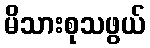
မိသားစုသဖွယ်